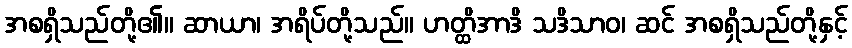
အစရှိသည်တို့၏။ ဆာယာ၊ အရိပ်တို့သည်။ ဟတ္ထိအာဒိ သဒိသာဝ၊ ဆင် အစရှိသည်တို့နှင့်